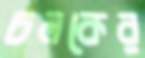
চলকের